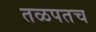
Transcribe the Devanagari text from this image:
तळपतच